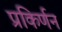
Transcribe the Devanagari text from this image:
प्रकिर्णन